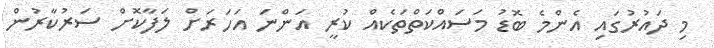
މި ދައުރުގައި އެންމެ ބޮޑު މަސައްކަތްތަކެއް ކުރީ އަންނަ އަހަރަށް ލަފާކޮށް ސަރުކާރުން